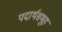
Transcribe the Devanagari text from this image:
पदार्थसमूह